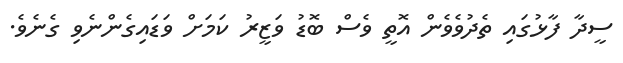
ސީދާ ފާޅުގައި ތެދުވެވެން އޮތީ ވެސް ބޮޑު ވަޒީރު ކަމަށް ވަޑައިގެންނެވި ގެނެވެ.